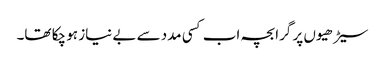
سیڑھیوں پر گرا بچہ اب کسی مدد سے بے نیاز ہو چکا تھا۔